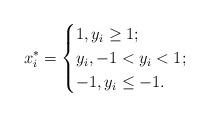
LaTeX: \begin{align*}x_i^*=\begin{cases}1, y_i\geq 1;\\y_i, -1<y_i<1;\\-1, y_i\leq -1.\end{cases}\end{align*}